Development of the parasite of Indian kala azar - Number 53
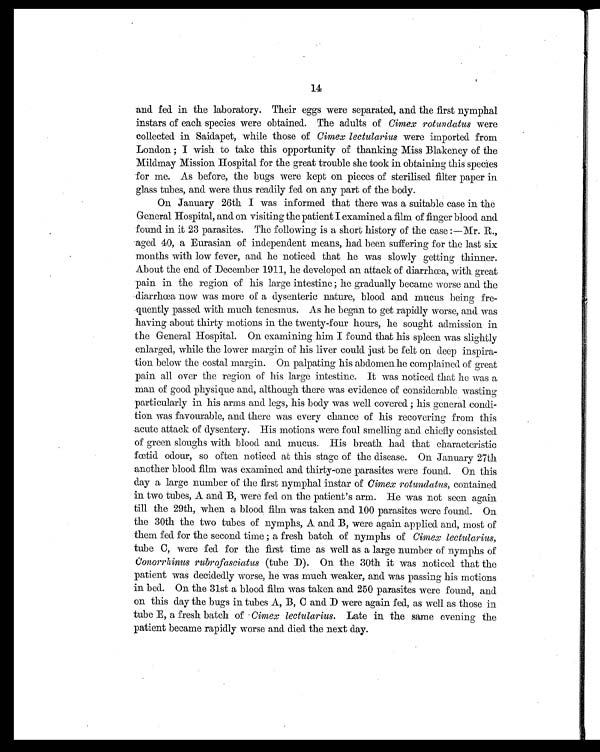
and fed in the laboratory. Their eggs were separated, and the first nymphal
instars of each species were obtained. The adults of Cimex rotundatus were
collected in Saidapet, while those of Cimex lectularius were imported from
London ; I wish to take this opportunity of thanking Miss Blakeney of the
Mildmay Mission Hospital for the great trouble she took in obtaining this species
for me. As before, the bugs were kept on pieces of sterilised filter paper in
glass tubes, and were thus readily fed on any part of the body.
On January 26th I was informed that there was a suitable case in the
General Hospital, and on visiting the patient I examined a film of finger blood and
found. in it 23 parasites. The following is a short history of the case :—Mr. R.,
aged 40, a Eurasian of independent means, had been suffering for the last six
months with low fever, and he noticed that he was slowly getting thinner.
About the end of December 1911, he developed an attack of diarrhœa, with great
pain in the region of his large intestine ; he gradually became worse and the
diarrhœa now was more of a dysenteric nature, blood and mucus being fre-
.quently passed with much tenesmus. As he began to get rapidly worse, and was
having about thirty motions in the twenty-four hours, he sought admission in
the General Hospital. On examining him I found that his spleen was slightly
enlarged, while the lower margin of his liver could just be felt on deep inspira-
tion below the costal margin. On palpating his abdomen he complained or great
pain all over the region of his large intestine. It was noticed that he was a
man of good physique and, although there was evidence of considerable wasting
particularly in his arms and legs, his body was well covered ; his general condi-
tion was favourable, and there was every chance of his recovering from this
acute attack of dysentery. His motions were foul smelling and chiefly consisted
of green sloughs with blood and mucus. His breath had that characteristic
foetid odour, so often noticed at this stage of the disease. On January 27th
another blood film was examined and thirty-one parasites were found. On this
day a large number of the first nymphal instar of Cimex rotundatus, contained
in two tubes, A and B, were fed on the patient's arm. He was not seen again
till the 29th, when a blood film was taken and 100 parasites were found. On
the 30th the two tubes of nymphs, A and B, were again applied and, most of
them fed for the second time ; a fresh batch of nymphs of Cimex lectularius,
tube C, were fed for the first time as well as a large number of nymphs of
Conorrhinus rubrofasciatus (tube D). On the 30th it was noticed that the
patient was decidedly worse, he was much weaker, and was passing his motions
in bed. On the 31st a blood film was taken and 250 parasites were found, and
on this day the bugs in tubes A, B, C and D were again fed, as well as those in
tube E, a fresh batch of Cimex lectularius. Late in the same evening the
patient became rapidly worse and died the next day.